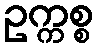
ဥက္ကစ္စ